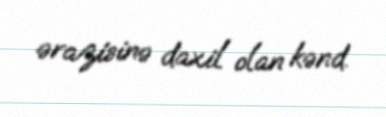
ərazisinə daxil olan kənd.